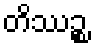
တိဿဉ္စ